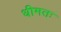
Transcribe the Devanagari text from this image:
धीमतः